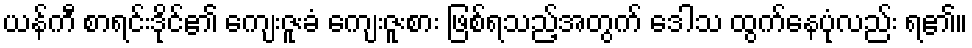
ယန်ကီ စာရင်းဒိုင်၏ ကျေးဇူးခံ ကျေးဇူးစား ဖြစ်ရသည့်အတွက် ဒေါသ ထွက်နေပုံလည်း ရ၏။